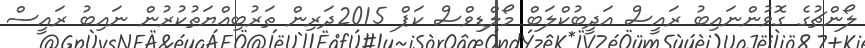
ލޯންޗުގެ ގޮވުންނައިބު ރައީސް އަދީބުކްލަބް މޯލްޑިވްސް ކަޕް 2015ދަރިން ތަރުބިއްޔަތުކުރުން ނައިބު ރައީސް